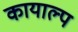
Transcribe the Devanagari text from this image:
कायाल्प